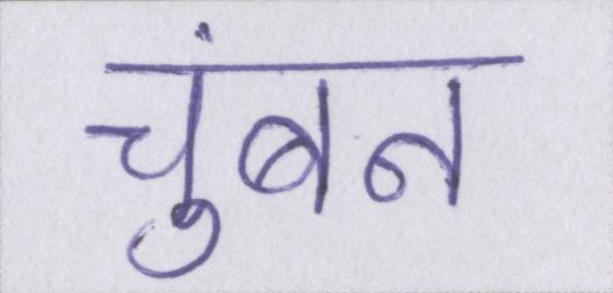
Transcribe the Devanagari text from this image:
चुंबन